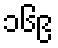
၁၆၉